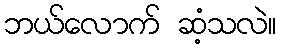
ဘယ်လောက် ဆံ့သလဲ။